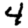
Digit: 4